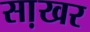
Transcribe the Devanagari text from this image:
सा़खर